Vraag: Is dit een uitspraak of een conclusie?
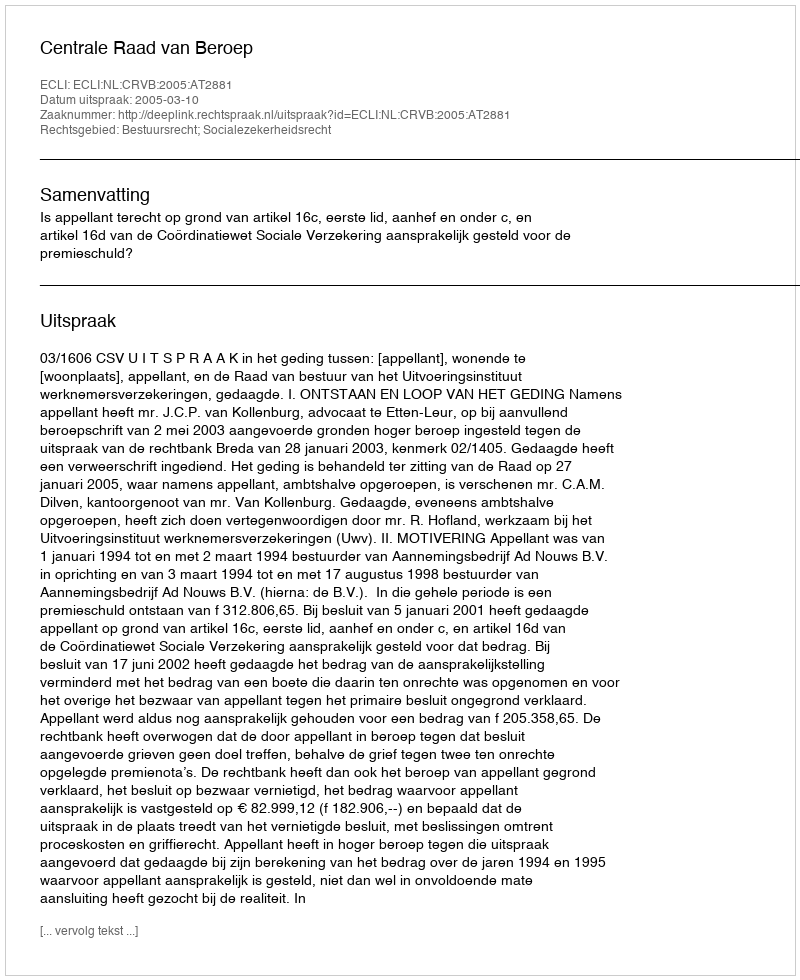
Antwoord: Uitspraak